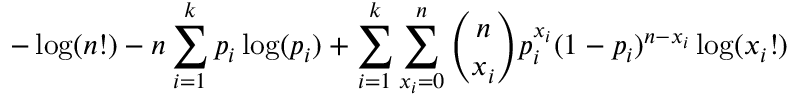
- \log ( n ! ) - n \sum _ { i = 1 } ^ { k } p _ { i } \log ( p _ { i } ) + \sum _ { i = 1 } ^ { k } \sum _ { x _ { i } = 0 } ^ { n } { \binom { n } { x _ { i } } } p _ { i } ^ { x _ { i } } ( 1 - p _ { i } ) ^ { n - x _ { i } } \log ( x _ { i } ! )